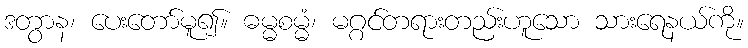
ဒတွာန၊ ပေးတော်မူ၍။ ဓမ္မစမ္မံ၊ မဂ္ဂင်တရားတည်းဟူသော သားရေနယ်ကို။